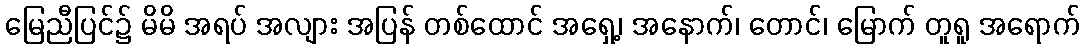
မြေညီပြင်၌ မိမိ အရပ် အလျား အပြန် တစ်ထောင် အရှေ့၊ အနောက်၊ တောင်၊ မြောက် တူရူ အရောက်